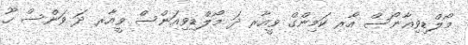
މޯލްޑިވިއާނޯސް އާރ ކަމިންގް ވީއާރ ދަ މޯލްޑިވިއަންސް ވީއާރ ދަ ވަންސް ހޫ